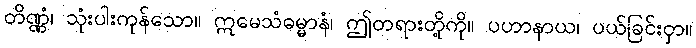
တိဏ္ဏံ၊ သုံးပါးကုန်သော။ ဣမေသံဓမ္မာနံ၊ ဤတရားတို့ကို။ ပဟာနာယ၊ ပယ်ခြင်းငှာ။